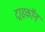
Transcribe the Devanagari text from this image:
ट्राइकॉन